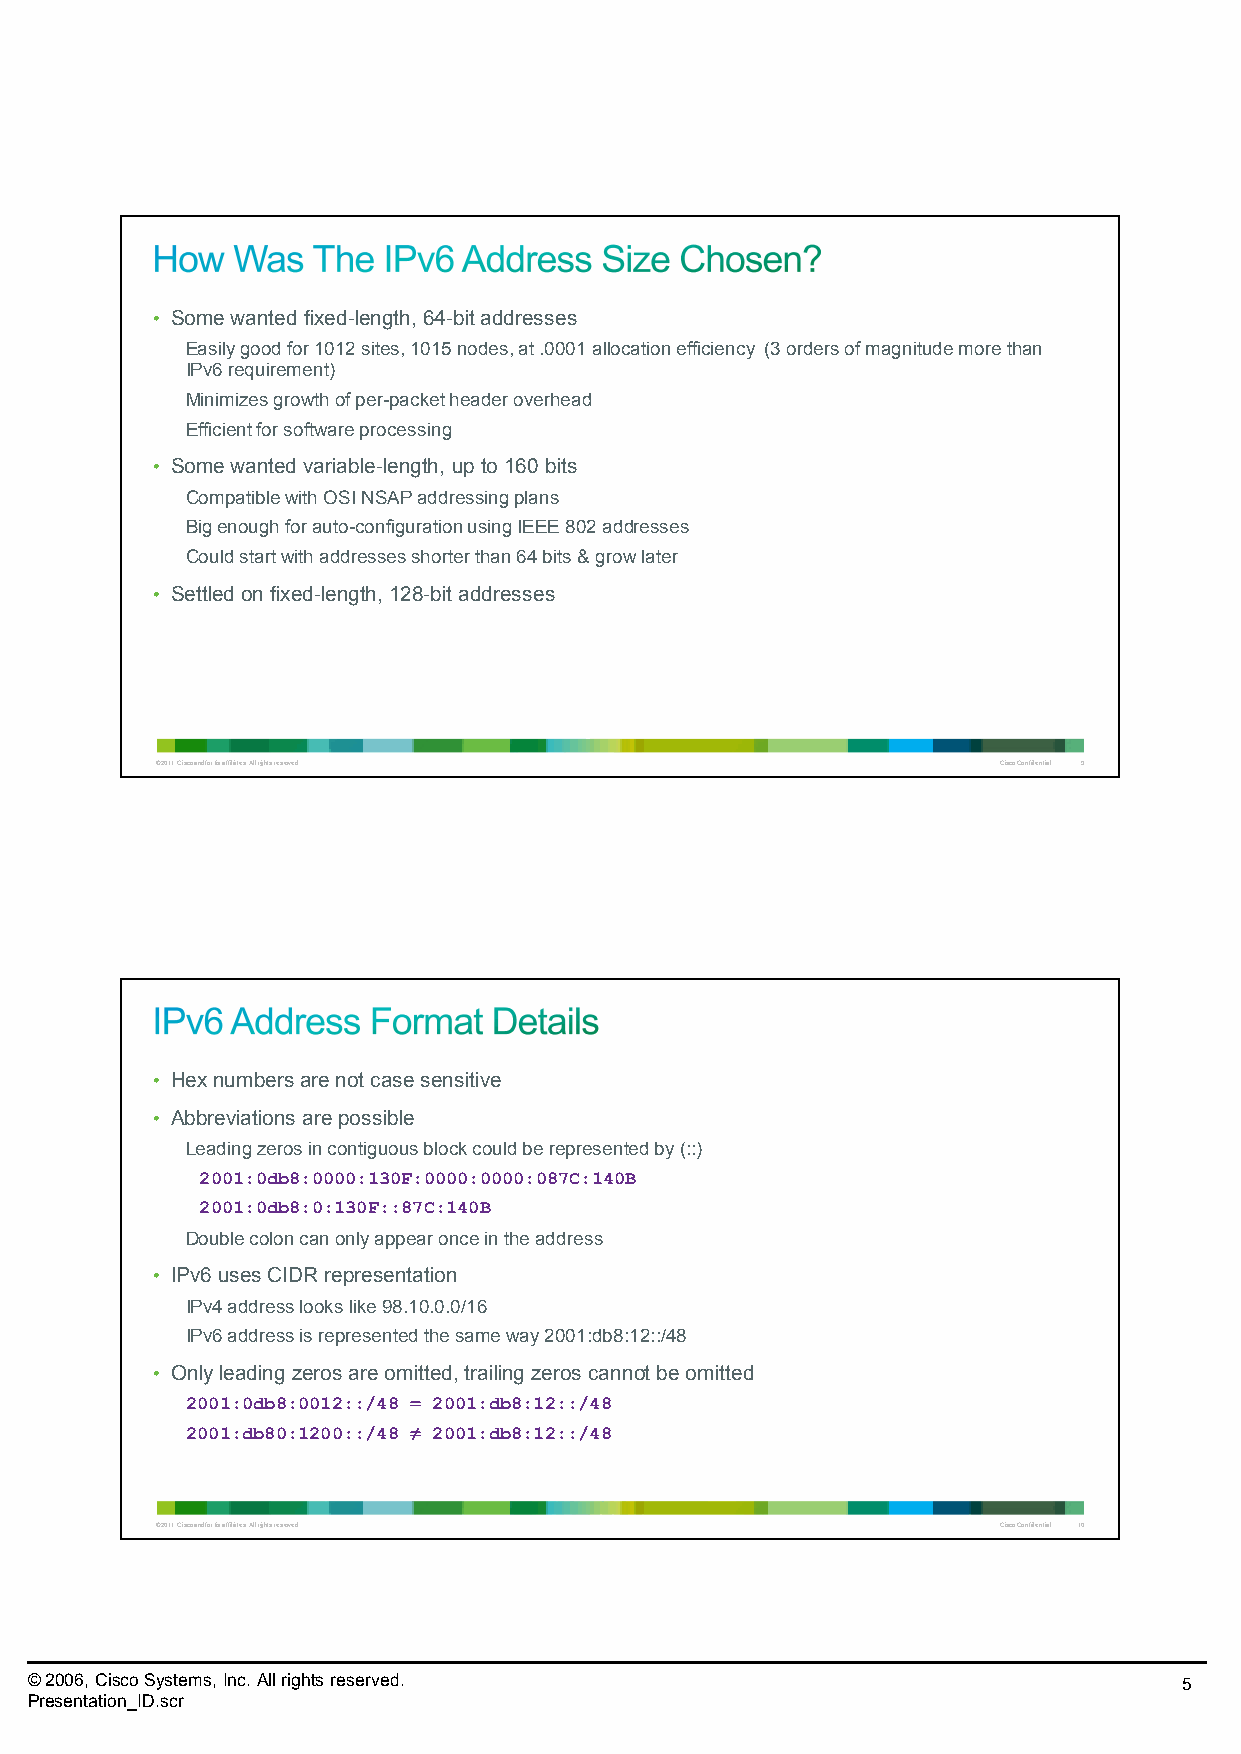
• Some wanted fixed-length, 64-bit addresses
 Easily good for 1012 sites, 1015 nodes, at .0001 allocation efficiency (3 orders of magnitude more than
 IPv6 requirement)
 Minimizes growth of per-packet header overhead
 Efficient for software processing
 • Some wanted variable-length, up to 160 bits
 Compatible with OSI NSAP addressing plans
 Big enough for auto-configuration using IEEE 802 addresses
 Could start with addresses shorter than 64 bits & grow later
 • Settled on fixed-length, 128-bit addresses
 © 2011 Cisco and/or its affiliates. All rights reserved. Cisco Confidential 9
 • Hex numbers are not case sensitive
 • Abbreviations are possible
 Leading zeros in contiguous block could be represented by (::)
 2001:0db8:0000:130F:0000:0000:087C:140B
 2001:0db8:0:130F::87C:140B
 Double colon can only appear once in the address
 • IPv6 uses CIDRrepresentation
 IPv4 address looks like 98.10.0.0/16
 IPv6 address is represented the same way 2001:db8:12::/48
 • Only leading zeros are omitted, trailing zeros cannot be omitted
 2001:0db8:0012::/48 = 2001:db8:12::/48
 2001:db80:1200::/48 ≠ 2001:db8:12::/48
 © 2011 Cisco and/or its affiliates. All rights reserved. Cisco Confidential 10
 © 2006, Cisco Systems, Inc. All rights reserved.                            5
 Presentation_ID.scr